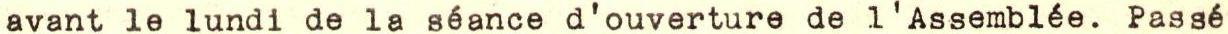
avant le lundi de la séance d'ouverture de l'Assemblée. Passé